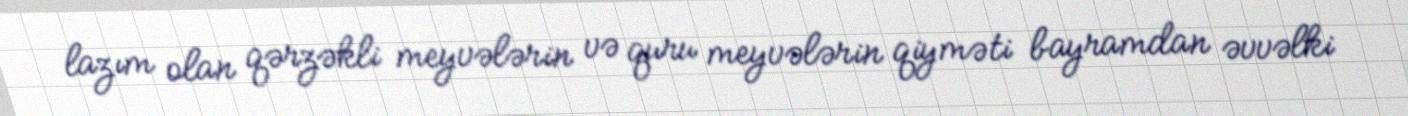
lazım olan qərzəkli meyvələrin və quru meyvələrin qiyməti bayramdan əvvəlki